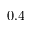
0 . 4